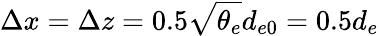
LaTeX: \Delta x=\Delta z=0.5\sqrt{\theta_{e}}d_{e0}=0.5d_{e}